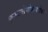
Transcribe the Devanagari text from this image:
कुआव्तेमोकबरोबर